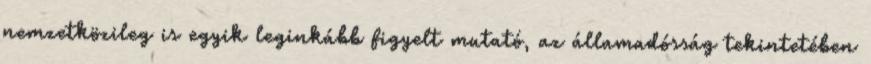
nemzetközileg is egyik leginkább figyelt mutató, az államadósság tekintetében